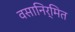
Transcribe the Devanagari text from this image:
वसानिर्मित